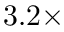
3 . 2 \times